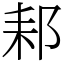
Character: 䣂